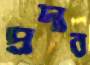
প্রদার